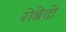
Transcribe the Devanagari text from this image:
रोब्रेदो